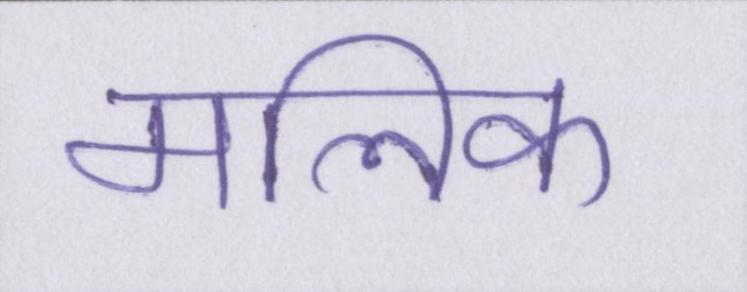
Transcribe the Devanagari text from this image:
मलिक